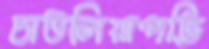
চাউলিয়াপট্টি